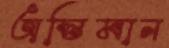
অস্তিমান